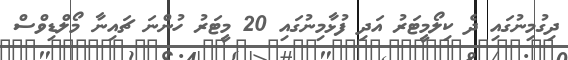
ދިގުމިނުގައި ދެ ކިލޯމީޓަރު އަދި ފުޅާމިނުގައި 20 މީޓަރު ހުންނަ ޗައިނާ މޯލްޑިވްސް